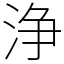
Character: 浄